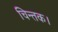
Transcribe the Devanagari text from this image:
चिन्तक।